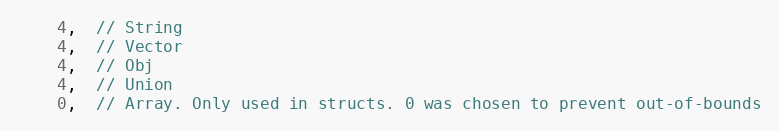
Language: C
    4,  // String
    4,  // Vector
    4,  // Obj
    4,  // Union
    0,  // Array. Only used in structs. 0 was chosen to prevent out-of-bounds